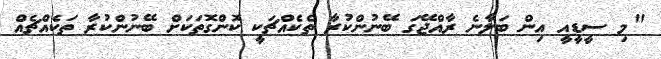
"މި ސީޑީއީ އިން ބަލާނެ ރާއްޖޭގަ ބޭނުންކުރާ ތެކެއްޗަކީ ކޮންގޮތަކަށް ބޭނުންކުރާ ތަކެއްޗެއް